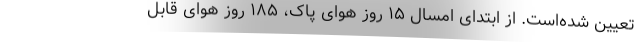
تعیین شده‌است. از ابتدای امسال ۱۵ روز هوای پاک، ۱۸۵ روز هوای قابل